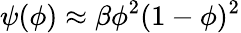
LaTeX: \psi(\phi)\approx\beta\phi^{2}(1-\phi)^{2}